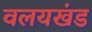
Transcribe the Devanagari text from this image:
वलयखंड